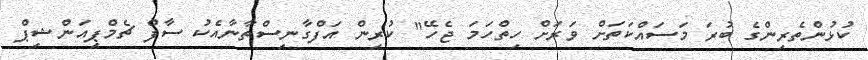
ކުޅުންތެރިންގެ ބުރަ މަސައްކަތަށް ވަރަށް ހިތްހަމަ ޖެހޭ" ކުރިން އަފްގާނިސްތާނާއެކު ސާފް ޗެމްޕިއަންޝިޕް